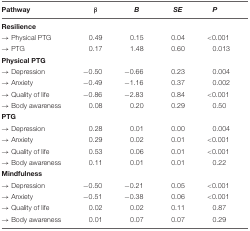
<table><thead><tr><td><b>Pathway</b></td><td><b>β</b></td><td><b><i>B</i></b></td><td><b><i>SE</i></b></td><td><b><i>P</i></b></td></tr></thead><tbody><tr><td colspan="5"><b>Resilience</b></td></tr><tr><td>→ Physical PTG</td><td>0.49</td><td>0.15</td><td>0.04</td><td>&lt;0.001</td></tr><tr><td>→ PTG</td><td>0.17</td><td>1.48</td><td>0.60</td><td>0.013</td></tr><tr><td colspan="5"><b>Physical PTG</b></td></tr><tr><td>→ Depression</td><td>–0.50</td><td>–0.66</td><td>0.23</td><td>0.004</td></tr><tr><td>→ Anxiety</td><td>–0.49</td><td>–1.16</td><td>0.37</td><td>0.002</td></tr><tr><td>→ Quality of life</td><td>–0.86</td><td>–2.83</td><td>0.84</td><td>&lt;0.001</td></tr><tr><td>→ Body awareness</td><td>0.08</td><td>0.20</td><td>0.29</td><td>0.50</td></tr><tr><td colspan="5"><b>PTG</b></td></tr><tr><td>→ Depression</td><td>0.28</td><td>0.01</td><td>0.00</td><td>0.004</td></tr><tr><td>→ Anxiety</td><td>0.29</td><td>0.02</td><td>0.01</td><td>&lt;0.001</td></tr><tr><td>→ Quality of life</td><td>0.53</td><td>0.06</td><td>0.01</td><td>&lt;0.001</td></tr><tr><td>→ Body awareness</td><td>0.11</td><td>0.01</td><td>0.01</td><td>0.22</td></tr><tr><td colspan="5"><b>Mindfulness</b></td></tr><tr><td>→ Depression</td><td>–0.50</td><td>–0.21</td><td>0.05</td><td>&lt;0.001</td></tr><tr><td>→ Anxiety</td><td>–0.51</td><td>–0.38</td><td>0.06</td><td>&lt;0.001</td></tr><tr><td>→ Quality of life</td><td>0.02</td><td>0.02</td><td>0.11</td><td>0.87</td></tr><tr><td>→ Body awareness</td><td>0.01</td><td>0.07</td><td>0.07</td><td>0.29</td></tr></tbody></table>